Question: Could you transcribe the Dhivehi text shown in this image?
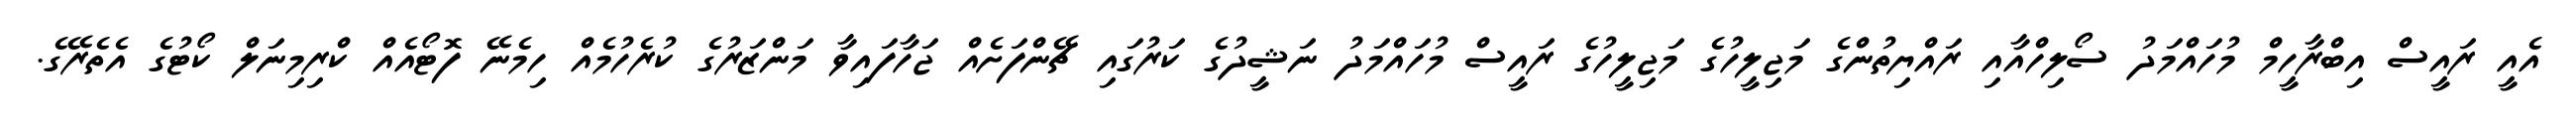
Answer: އެއީ ރައީސް އިބްރާހީމް މުހައްމަދު ސޯލިހްއާއި ރައްޔިތުންގެ މަޖިލީހުގެ މަޖިލީހުގެ ރައީސް މުހައްމަދު ނަޝީދުގެ ކަރުގައި ޗޭންފަށެއް ޖަހާފައިވާ މަންޒަރުގެ ކުރެހުމެއް ހިމެނޭ ފޮޓޯއެއް ކްރިމިނަލް ކޯޓުގެ އެތެރޭގެ.